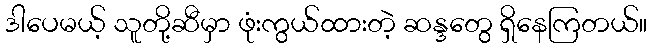
ဒါပေမယ့် သူတို့ဆီမှာ ဖုံးကွယ်ထားတဲ့ ဆန္ဒတွေ ရှိနေကြတယ်။